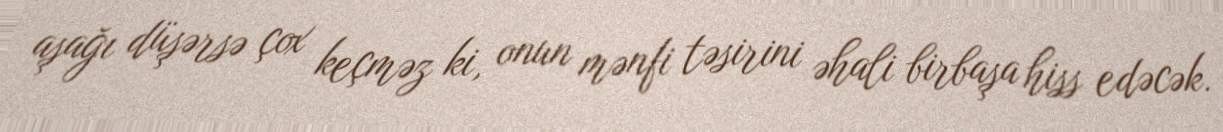
aşağı düşərsə çox keçməz ki, onun mənfi təsirini əhali birbaşa hiss edəcək.